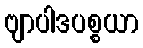
ဗျာပါဒပစ္စယာ